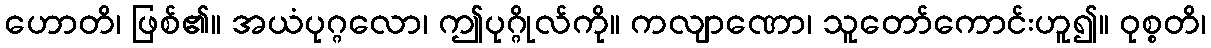
ဟောတိ၊ ဖြစ်၏။ အယံပုဂ္ဂလော၊ ဤပုဂ္ဂိုလ်ကို။ ကလျာဏော၊ သူတော်ကောင်းဟူ၍။ ဝုစ္စတိ၊